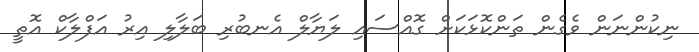
ނިކުންނަން ވެގެން ތަންކޮޅަކަށް ގޮއްސައި ލަޔާލް އެނބުރި ބަލާލި އިރު އަފްލާކް އޮތީ